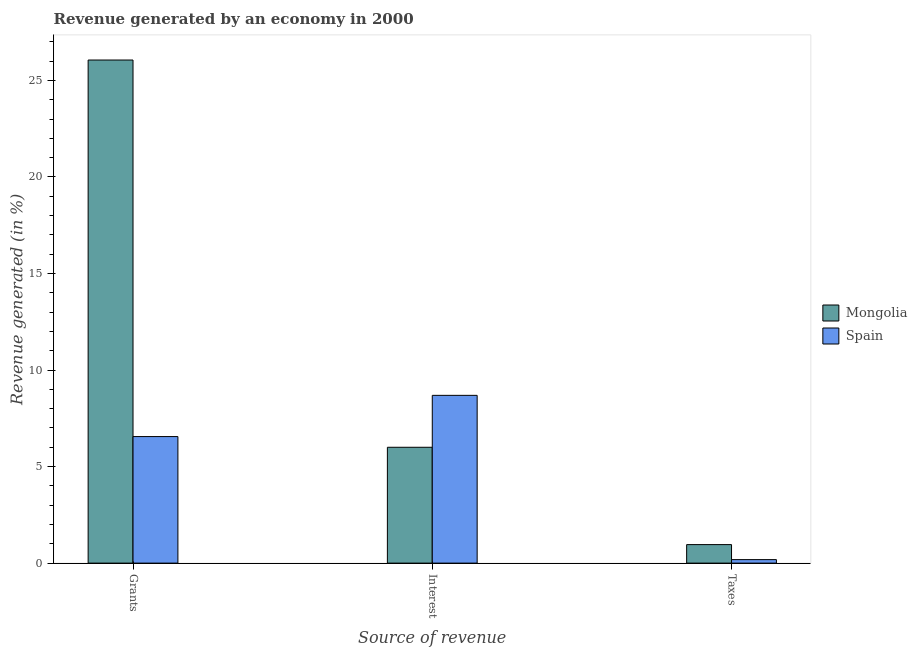
| Source of revenue | Mongolia | Spain |
 | --- | --- | --- |
 | Grants | 26.1 | 6.55 |
 | Interest | 6 | 8.69 |
 | Taxes | 0.959 | 0.181 |